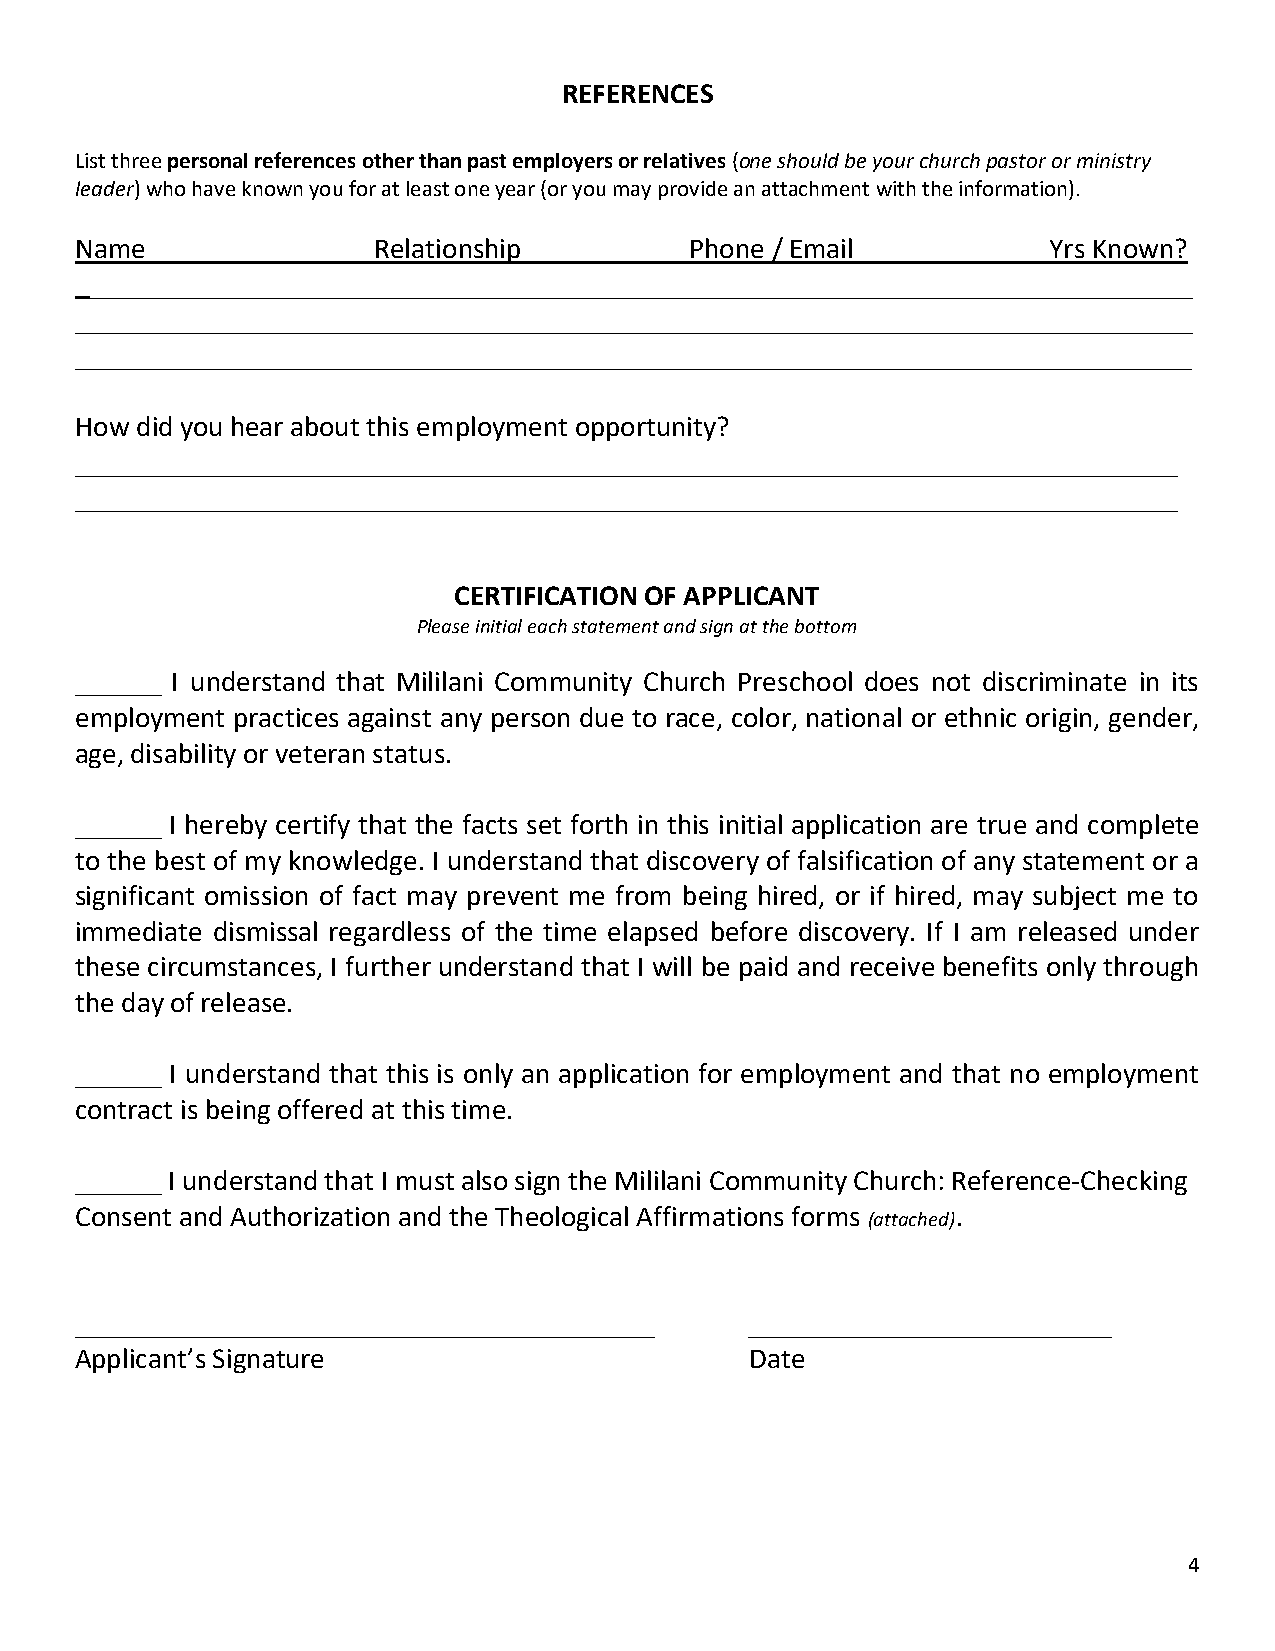
REFERENCES
 List three personal references other than past employers or relatives (one should be your church pastor or ministry
 leader) who have known you for at least one year (or you may provide an attachment with the information).
 Name                Relationship         Phone / Email          Yrs Known?
 _____________________________________________________________________________
 _____________________________________________________________________________
 _____________________________________________________________________________
 How did you hear about this employment opportunity?
 ____________________________________________________________________________
 ____________________________________________________________________________
 CERTIFICATION OF APPLICANT
 Please initial each statement and sign at the bottom
 ______ I understand that Mililani Community Church Preschool does not discriminate in its
 employment practices against any person due to race, color, national or ethnic origin, gender,
 age, disability or veteran status.
 ______ I hereby certify that the facts set forth in this initial application are true and complete
 to the best of my knowledge. I understand that discovery of falsification of any statement or a
 significant omission of fact may prevent me from being hired, or if hired, may subject me to
 immediate dismissal regardless of the time elapsed before discovery. If I am released under
 these circumstances, I further understand that I will be paid and receive benefits only through
 the day of release.
 ______ I understand that this is only an application for employment and that no employment
 contract is being offered at this time.
 ______ I understand that I must also sign the Mililani Community Church: Reference-Checking
 Consent and Authorization and the Theological Affirmations forms (attached).
 ________________________________________     _________________________
 Applicant’s Signature                        Date
 4